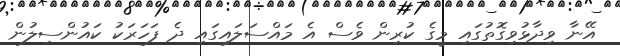
އޭނާ ވިދާޅުވިގޮތުގައި މީގެ ކުރިން ވެސް އެ މައްސަލައިގައި ދެ ފަހަރަކު ކައުންސިލުން